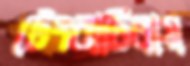
টেংরাটিলায়